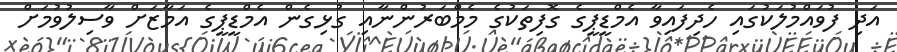
އަދި ފުވައްމުލަކުގައި ހެދިފައިވާ އެމްޑީޕީގެ ގޮފިތަކުގެ މެމްބަރުންނާއި ގުޅިގެން އެމްޑީޕީގެ އަމާޒަށް ވާސިލުވުމަށް